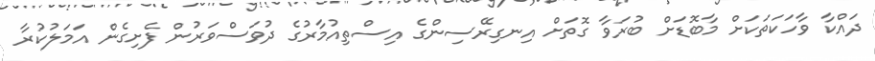
ދައްކާ ވާހަކަތަކަށް މާބޮޑަށް ބުރަވާ ގޮތަށް އިނގިރޭސިންގެ އިސްތިއުމާރުގެ ދުވަސްވަރުން ފެށިގެން އަމަލުކުރާ